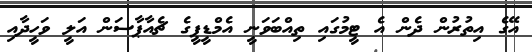
އޭގެ އިތުރުން ދެން އެ ޓީމުގައި ތިއްބަވަނީ އެމްޑީޕީގެ ޗެއާޕާސަން އަލީ ވަހީދާއި